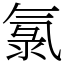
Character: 氯